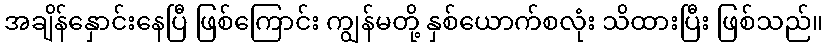
အချိန်နှောင်းနေပြီ ဖြစ်ကြောင်း ကျွန်မတို့ နှစ်ယောက်စလုံး သိထားပြီး ဖြစ်သည်။